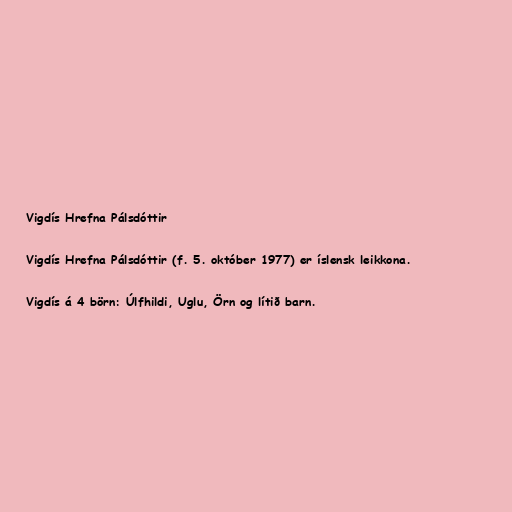
Vigdís Hrefna Pálsdóttir

Vigdís Hrefna Pálsdóttir (f. 5. október 1977) er íslensk leikkona.

Vigdís á 4 börn: Úlfhildi, Uglu, Örn og lítið barn.